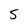
Character: 5